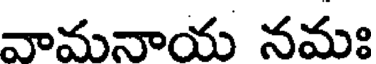
వామనాయ నమః